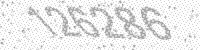
Solution: 126286